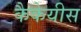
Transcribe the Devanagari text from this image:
कैकेयीस